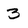
Character: 3